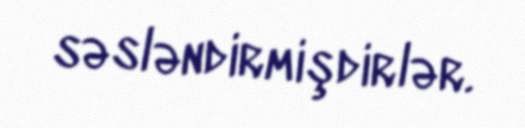
səsləndirmişdirlər.